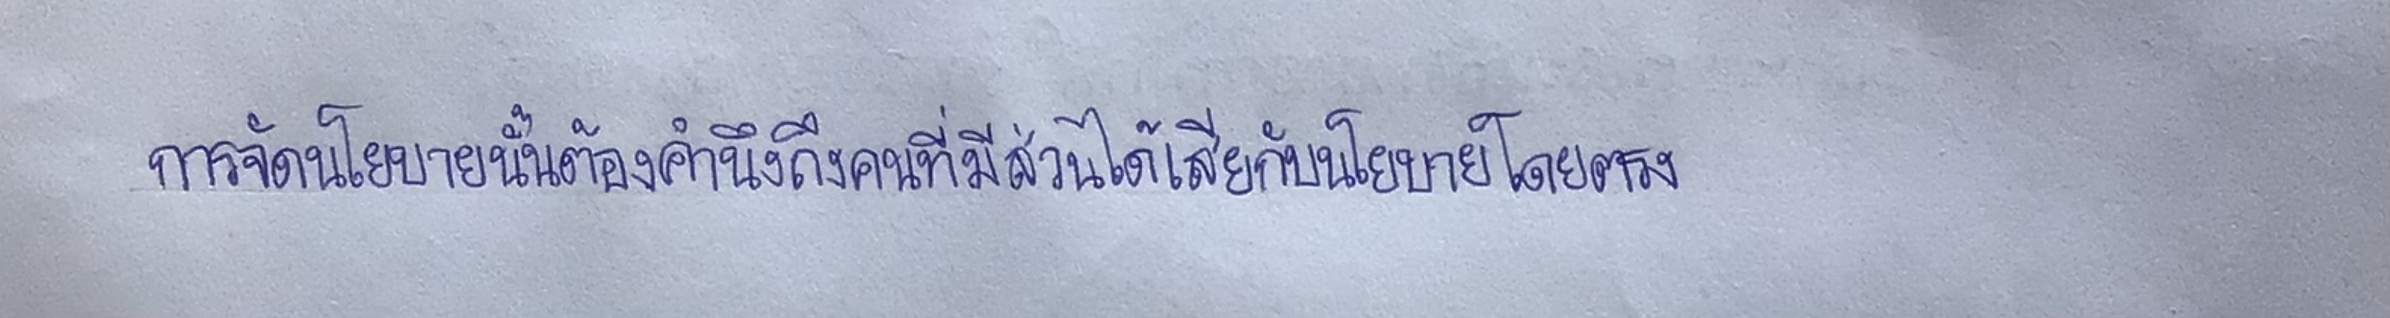
การจัดนโยบายนั้นต้องคำนึงถึงคนที่มีส่วนได้เสียกับนโยบายโดยตรง